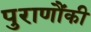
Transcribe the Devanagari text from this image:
पुराणौंकी